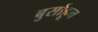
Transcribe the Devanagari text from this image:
बुर्साहून